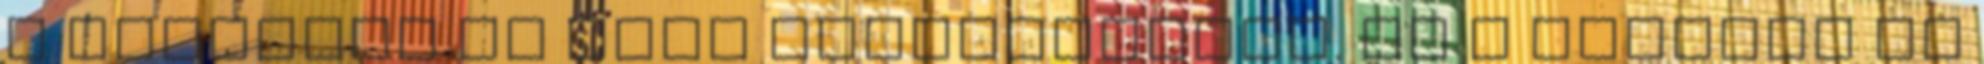
a telefont az első használathoz. Ha a telefon be